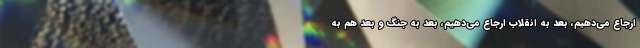
ارجاع می‌دهیم، بعد به انقلاب ارجاع می‌دهیم، بعد به جنگ و بعد هم به